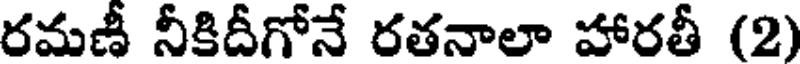
రమణీ నీకిదీగోనే రతనాలా హారతీ (2)